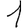
Digit: 1